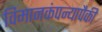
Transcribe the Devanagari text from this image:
विमानकंपन्यापैकी